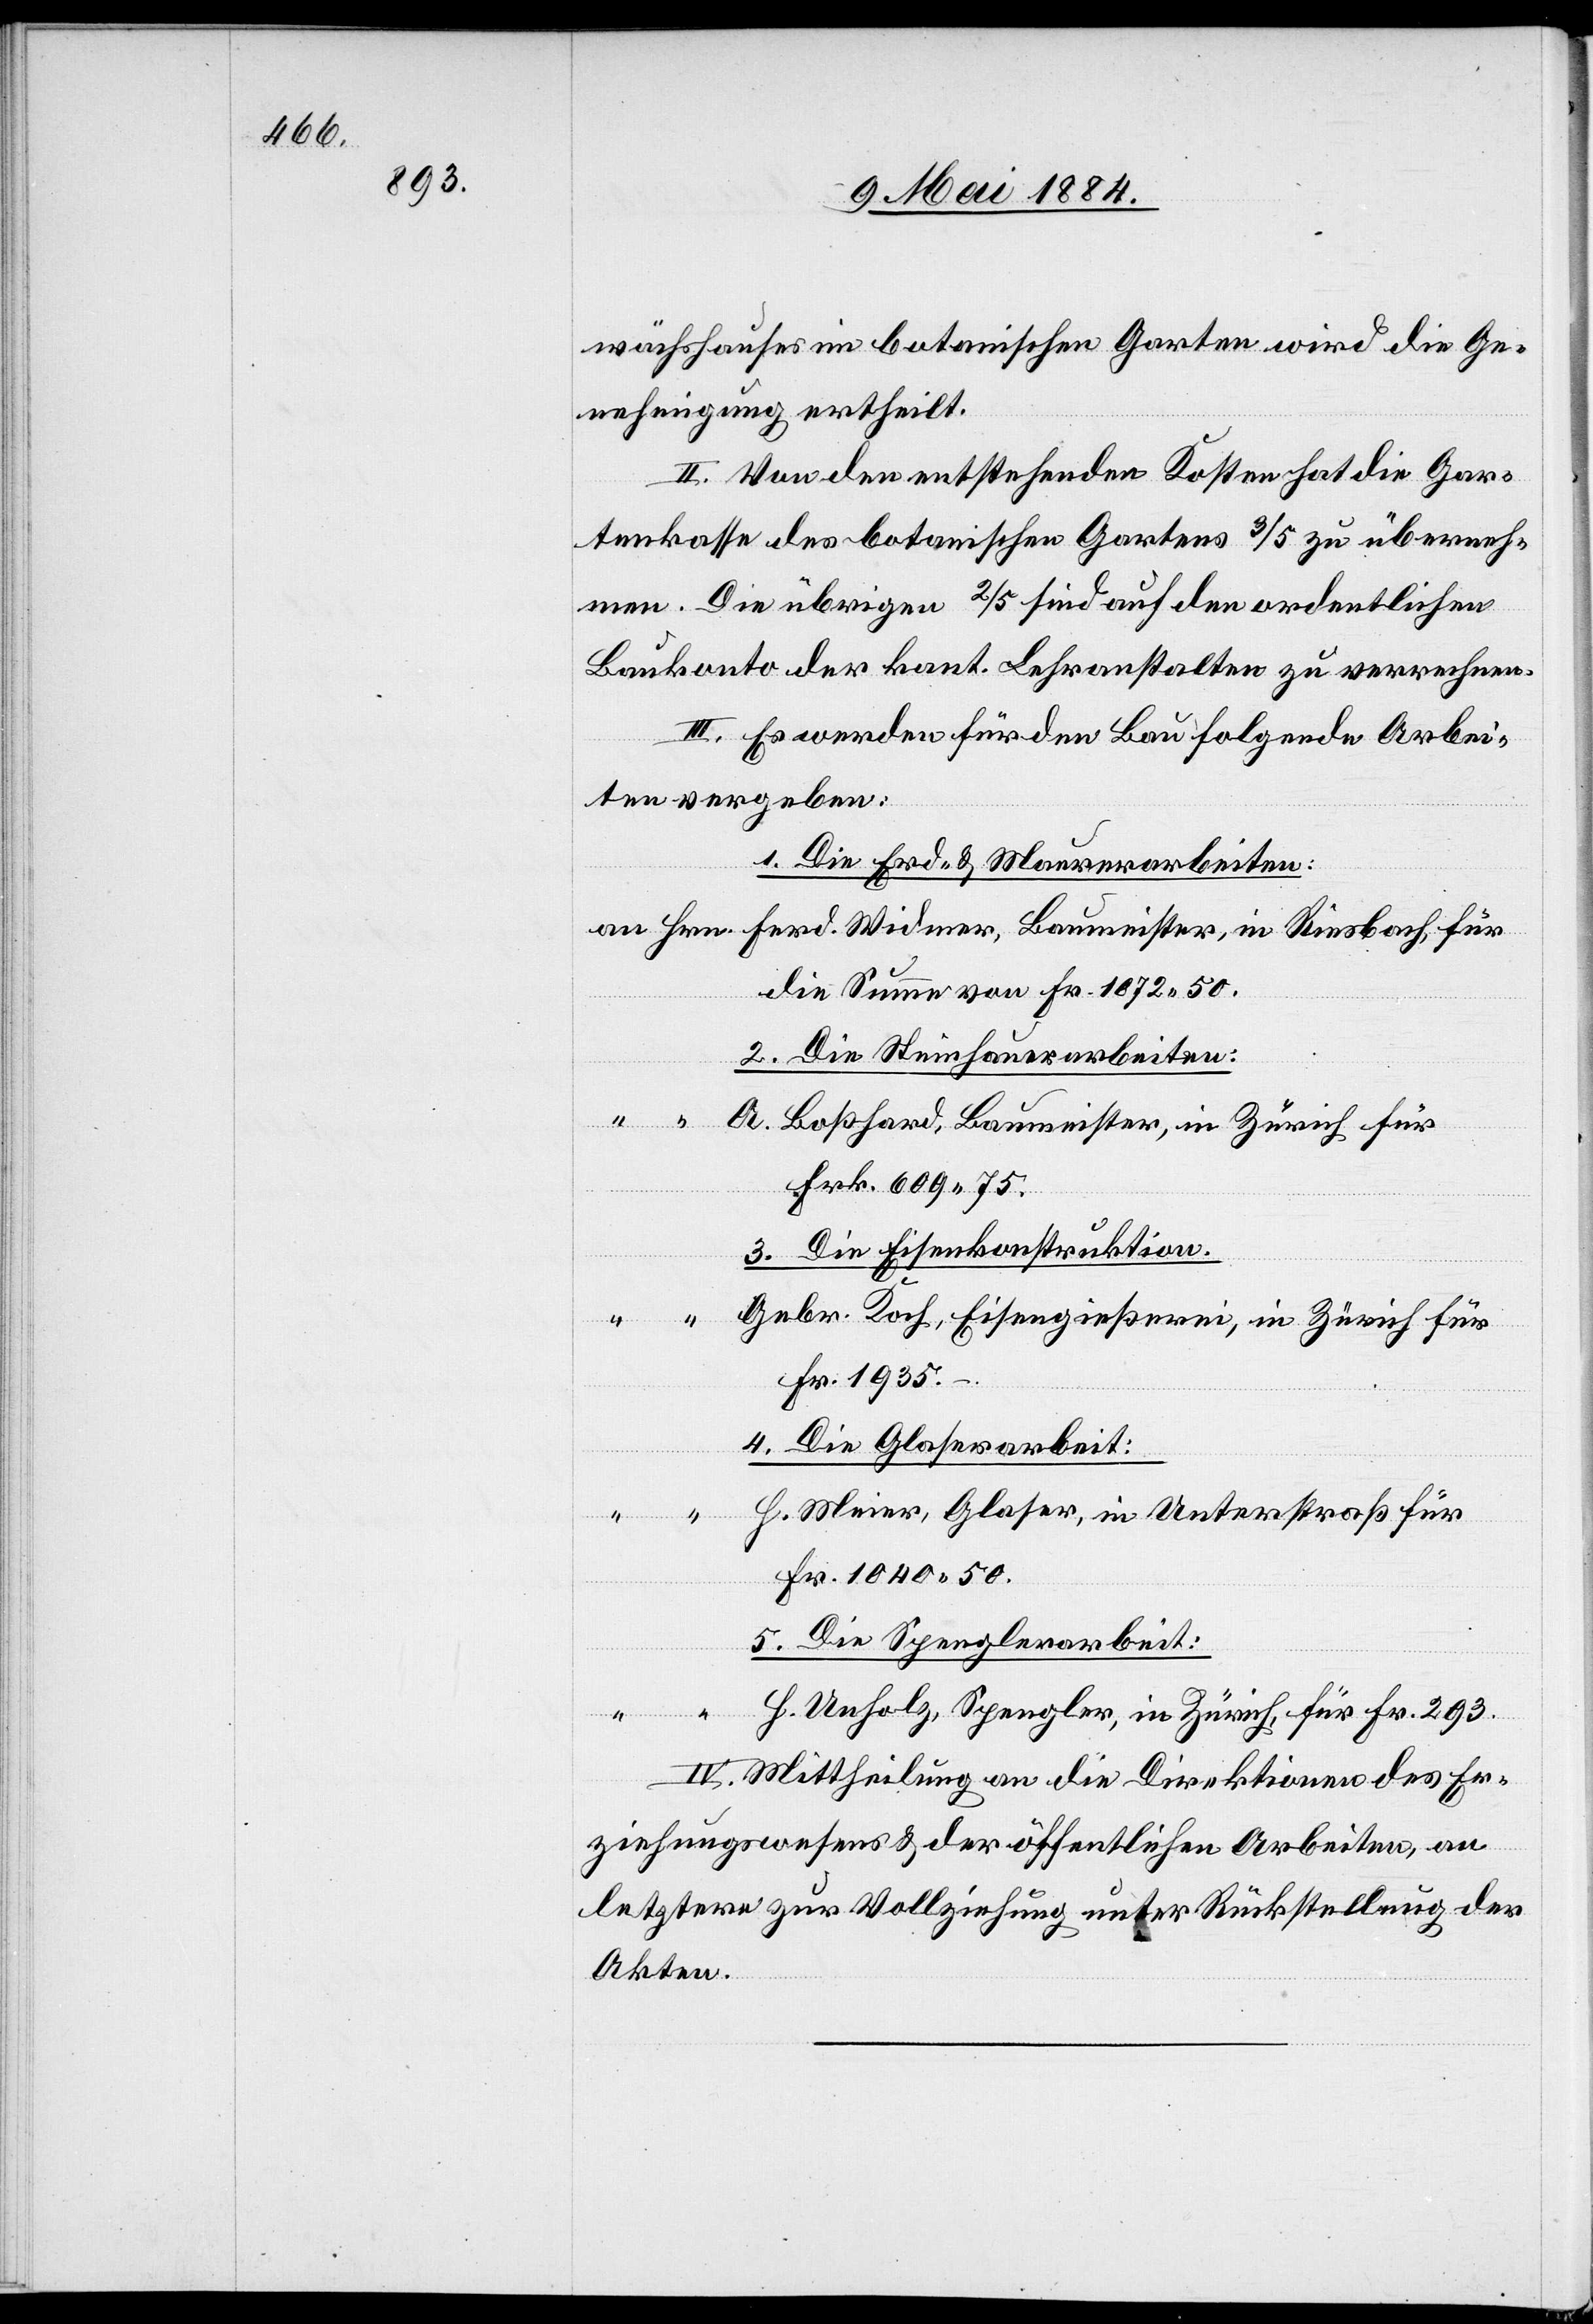
wächshauses im botanischen Garten wird die Ge¬
nehmigung ertheilt.
II. Von den entstehenden Kosten hat die Gar¬
tenkasse des botanischen Gartens 3/5 zu überneh¬
men. Die übrigen 2/5 sind auf den ordentlichen
Baukonto der kant. Lehranstalten zu verrechnen.
III. Es werden für den Bau folgende Arbei¬
ten vergeben:
1. Die Erd- & Maurerarbeiten:
die Summe von Fr. 1072 50.
2. Die Steinhauerarbeiten:
Baumeister, in
A. Boßhard, Baumeister, in Zürich für
Frk. 609 75.
3. Die Eisenkonstruktion.
“
Gebr. Koch, Eisengießerei, in Zürich für
Fr. 1935.–
4. Die Glaserarbeit:
H. Meier, Glaser, in Unterstraß für
Fr. 1040 50.
5. Die Spenglerarbeit:
H. Unholz, Spengler, in Zürich, für Fr. 293.
II. Mittheilung an die Direktionen des Er¬
ziehungswesens & der öffentlichen Arbeiten, an
letztere zur Vollziehung unter Rückstellung der
Akten.